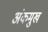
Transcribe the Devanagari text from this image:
अंकमुख